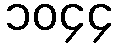
၁၀၄၄